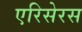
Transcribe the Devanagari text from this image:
एरिसेरस